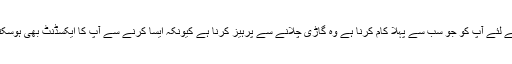
اس کے لئے آپ کو جو سب سے پہلا کام کرنا ہے وہ گاڑی چلانے سے پرہیز کرنا ہے کیونکہ ایسا کرنے سے آپ کا ایکسڈنٹ بھی ہوسکتا ہے۔